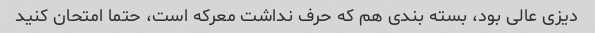
دیزی عالی بود، بسته بندی هم که حرف نداشت معرکه است، حتما امتحان کنید